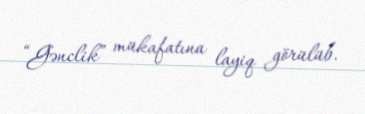
“Gənclik” mükafatına layiq görülüb.